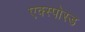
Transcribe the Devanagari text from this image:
एक्स्पोस्ड